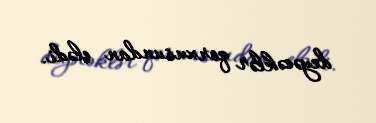
deyəcəklər qorxusundan elədi.